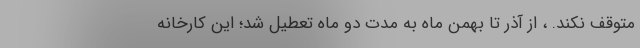
متوقف نکند. ، از آذر تا بهمن ماه به مدت دو ماه تعطیل شد؛ این کارخانه